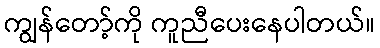
ကျွန်တော့်ကို ကူညီပေးနေပါတယ်။